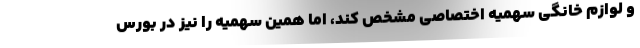
و لوازم خانگی سهمیه اختصاصی مشخص کند، اما همین سهمیه را نیز در بورس